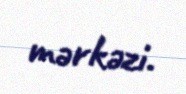
mərkəzi.